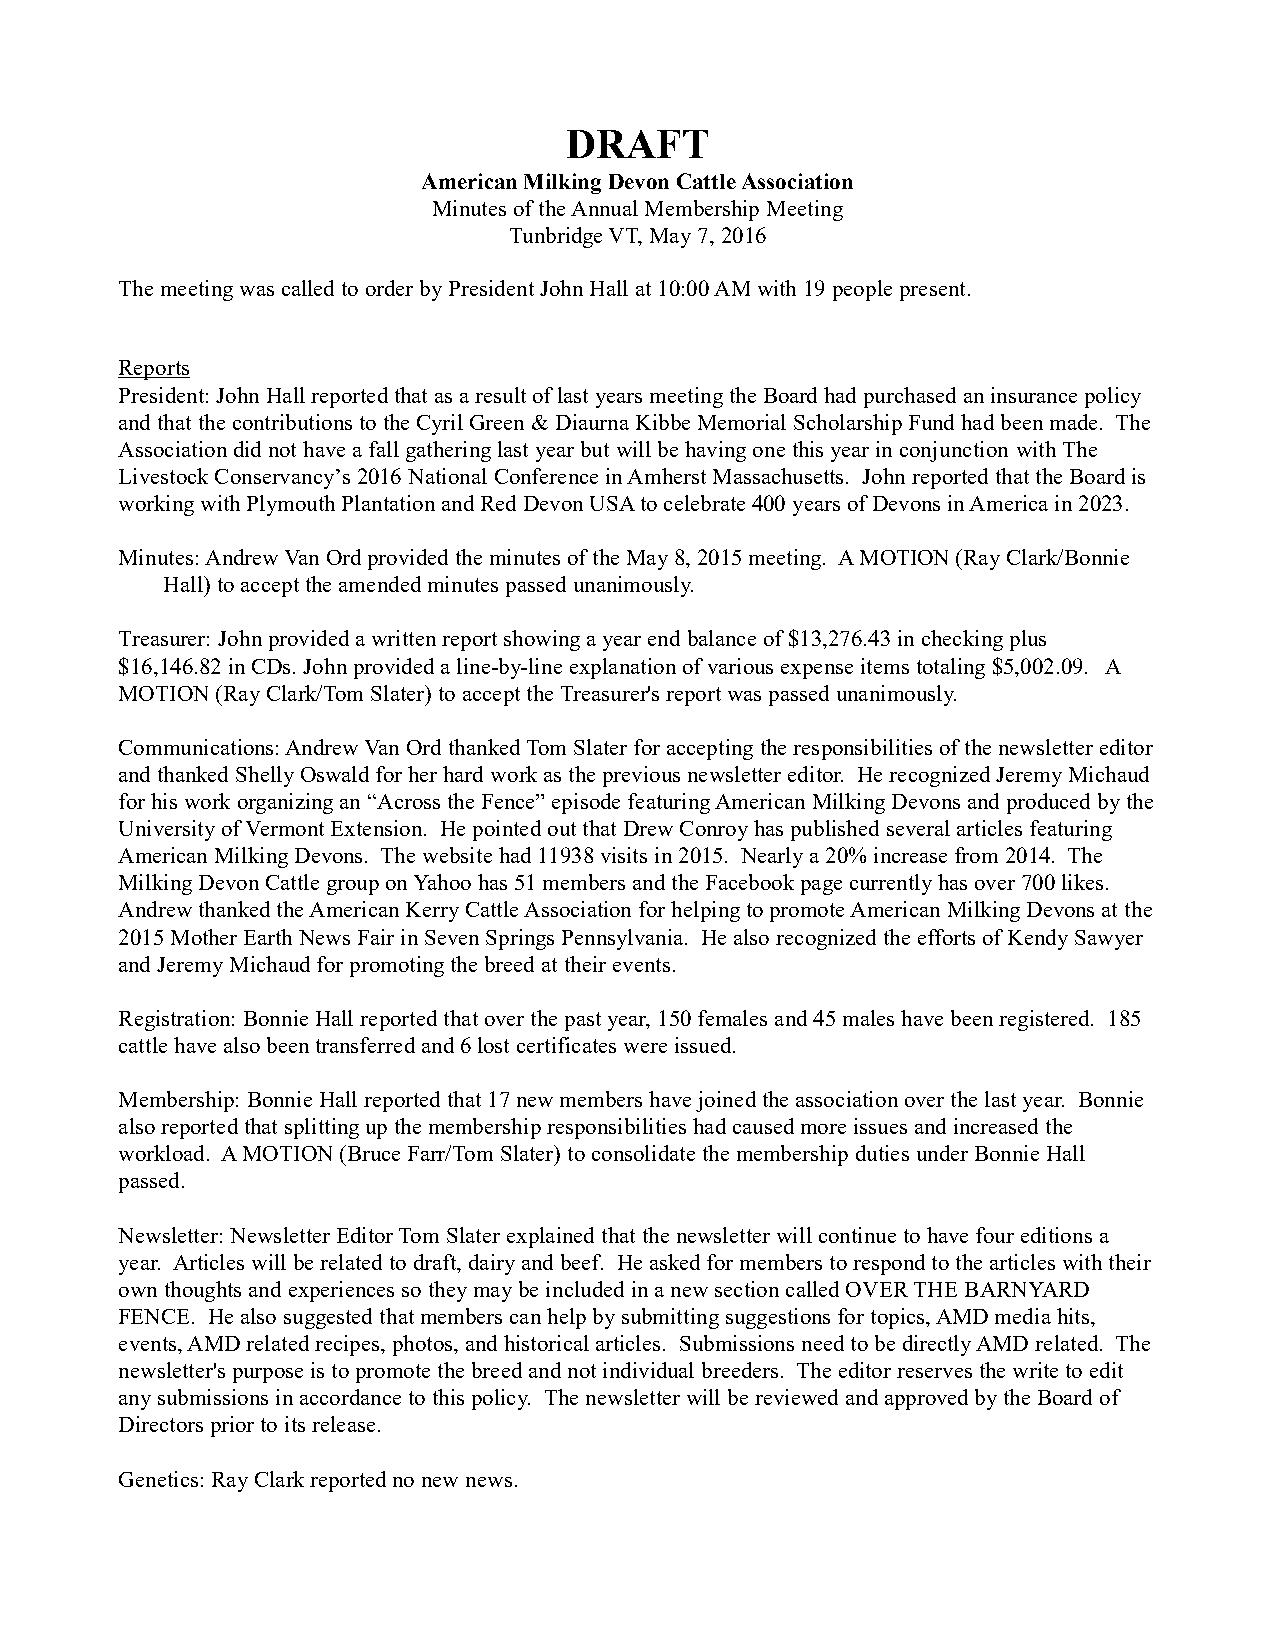
DRAFT
 American Milking Devon Cattle Association
 Minutes of the Annual Membership Meeting
 Tunbridge VT, May 7, 2016
 The meeting was called to order by President John Hall at 10:00 AM with 19 people present.
 Reports
 President: John Hall reported that as a result of last years meeting the Board had purchased an insurance policy
 and that the contributions to the Cyril Green & Diaurna Kibbe Memorial Scholarship Fund had been made. The
 Association did not have a fall gathering last year but will be having one this year in conjunction with The
 Livestock Conservancy’s 2016 National Conference in Amherst Massachusetts. John reported that the Board is
 working with Plymouth Plantation and Red Devon USA to celebrate 400 years of Devons in America in 2023.
 Minutes: Andrew Van Ord provided the minutes of the May 8, 2015 meeting. A MOTION (Ray Clark/Bonnie
 Hall) to accept the amended minutes passed unanimously.
 Treasurer: John provided a written report showing a year end balance of $13,276.43 in checking plus
 $16,146.82 in CDs. John provided a line-by-line explanation of various expense items totaling $5,002.09. A
 MOTION (Ray Clark/Tom Slater) to accept the Treasurer's report was passed unanimously.
 Communications: Andrew Van Ord thanked Tom Slater for accepting the responsibilities of the newsletter editor
 and thanked Shelly Oswald for her hard work as the previous newsletter editor. He recognized Jeremy Michaud
 for his work organizing an “Across the Fence” episode featuring American Milking Devons and produced by the
 University of Vermont Extension. He pointed out that Drew Conroy has published several articles featuring
 American Milking Devons. The website had 11938 visits in 2015. Nearly a 20% increase from 2014. The
 Milking Devon Cattle group on Yahoo has 51 members and the Facebook page currently has over 700 likes.
 Andrew thanked the American Kerry Cattle Association for helping to promote American Milking Devons at the
 2015 Mother Earth News Fair in Seven Springs Pennsylvania. He also recognized the efforts of Kendy Sawyer
 and Jeremy Michaud for promoting the breed at their events.
 Registration: Bonnie Hall reported that over the past year, 150 females and 45 males have been registered. 185
 cattle have also been transferred and 6 lost certificates were issued.
 Membership: Bonnie Hall reported that 17 new members have joined the association over the last year. Bonnie
 also reported that splitting up the membership responsibilities had caused more issues and increased the
 workload. A MOTION (Bruce Farr/Tom Slater) to consolidate the membership duties under Bonnie Hall
 passed.
 Newsletter: Newsletter Editor Tom Slater explained that the newsletter will continue to have four editions a
 year. Articles will be related to draft, dairy and beef. He asked for members to respond to the articles with their
 own thoughts and experiences so they may be included in a new section called OVER THE BARNYARD
 FENCE. He also suggested that members can help by submitting suggestions for topics, AMD media hits,
 events, AMD related recipes, photos, and historical articles. Submissions need to be directly AMD related. The
 newsletter's purpose is to promote the breed and not individual breeders. The editor reserves the write to edit
 any submissions in accordance to this policy. The newsletter will be reviewed and approved by the Board of
 Directors prior to its release.
 Genetics: Ray Clark reported no new news.